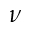
\nu